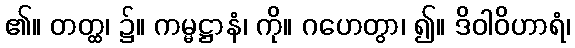
၏။ တတ္ထ၊ ၌။ ကမ္မဋ္ဌာနံ၊ ကို။ ဂဟေတွာ၊ ၍။ ဒိဝါဝိဟာရံ၊